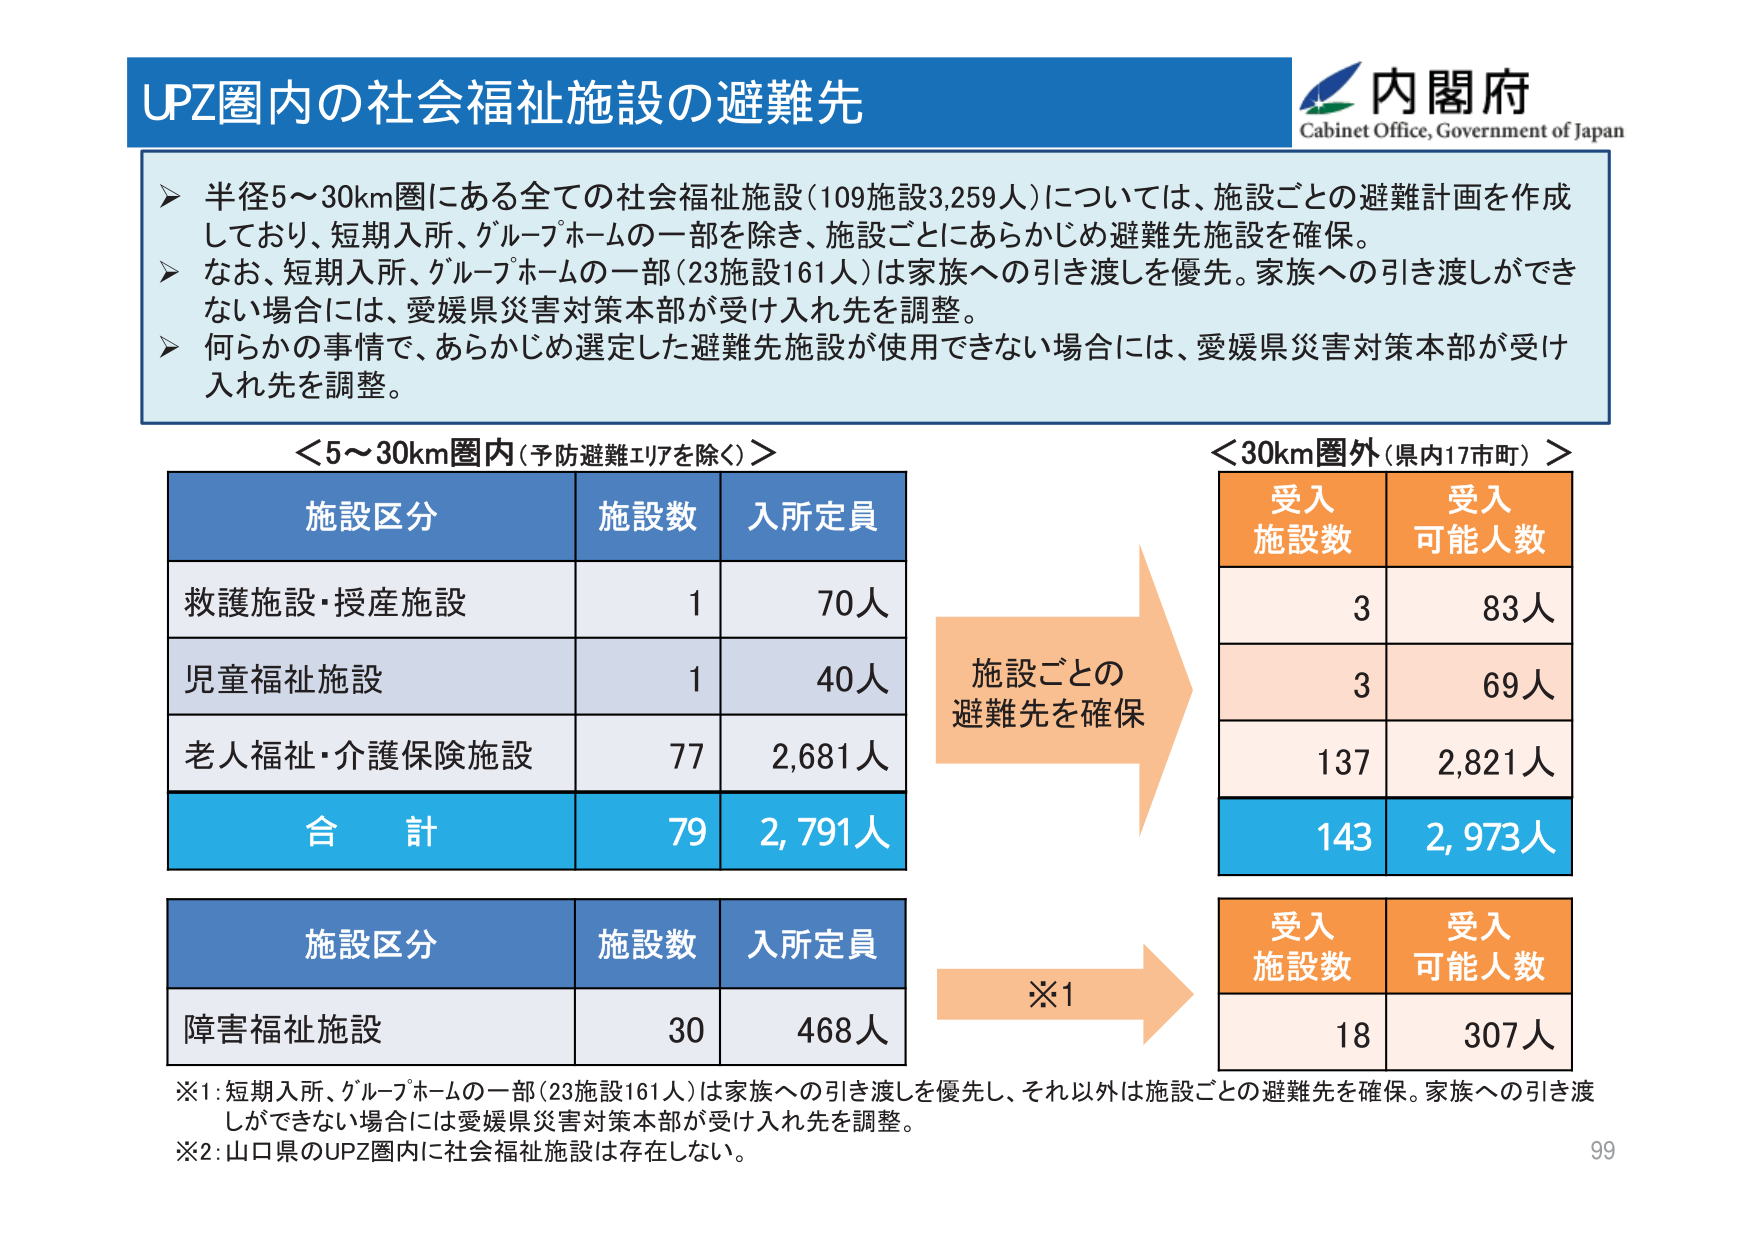
UPZ圏内の社会福祉施設の避難先

内閣府
Cabinet Office, Government of Japan

▶ 半径5～30km圏にある全ての社会福祉施設（109施設3,259人）については、施設ごとの避難計画を作成しており、短期入所、グループホームの一部を除き、施設ごとにあらかじめ避難先施設を確保。
▶ なお、短期入所、グループホームの一部（23施設161人）は家族への引き渡しを優先。家族への引き渡しができない場合には、愛媛県災害対策本部が受け入れ先を調整。
▶ 何らかの事情で、あらかじめ選定した避難先施設が使用できない場合には、愛媛県災害対策本部が受け入れ先を調整。

＜5～30km圏内（予防避難エリアを除く）＞
施設区分　　　　施設数　　　入所定員
救護施設・授産施設　　　1　　　70人
児童福祉施設　　　1　　　40人
老人福祉・介護保険施設　　　77　　　2,681人
合　計　　　79　　　2,791人

施設ごとの
避難先を確保

＜30km圏外（県内17市町）＞
受入施設数　　受入可能人数
　　　3　　　　83人
　　　3　　　　69人
　　137　　　2,821人
　　143　　　2,973人

施設区分　　　　施設数　　　入所定員
障害福祉施設　　　30　　　468人

※1：短期入所、グループホームの一部（23施設161人）は家族への引き渡しを優先し、それ以外は施設ごとの避難先を確保。家族への引き渡しができない場合には愛媛県災害対策本部が受け入れ先を調整。
※2：山口県のUPZ圏内に社会福祉施設は存在しない。

※1
受入施設数　　受入可能人数
　　　18　　　　307人

99